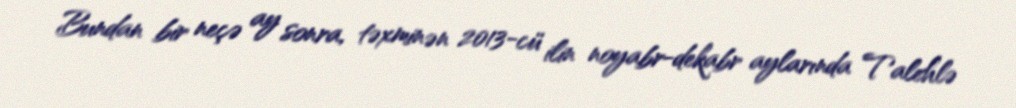
Bundan bir neçə ay sonra, təxminən 2013-cü ilin noyabr-dekabr aylarında Talehlə